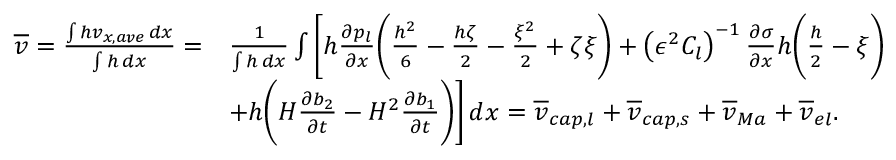
\begin{array} { r l } { \overline { { v } } = \frac { \int h v _ { x , a v e } \, d x } { \int h \, d x } = } & { \frac { 1 } { \int h \, d x } \int \bigg [ h \frac { \partial p _ { l } } { \partial x } \bigg ( \frac { h ^ { 2 } } { 6 } - \frac { h \zeta } { 2 } - \frac { \xi ^ { 2 } } { 2 } + \zeta \xi \bigg ) + \left( \epsilon ^ { 2 } C _ { l } \right) ^ { - 1 } \frac { \partial \sigma } { \partial x } h \bigg ( \frac { h } { 2 } - \xi \bigg ) } \\ & { + h \bigg ( H \frac { \partial b _ { 2 } } { \partial t } - H ^ { 2 } \frac { \partial b _ { 1 } } { \partial t } \bigg ) \bigg ] \, d x = \overline { { v } } _ { c a p , l } + \overline { { v } } _ { c a p , s } + \overline { { v } } _ { M a } + \overline { { v } } _ { e l } . } \end{array}